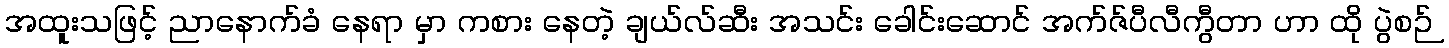
အထူးသဖြင့် ညာနောက်ခံ နေရာ မှာ ကစား နေတဲ့ ချယ်လ်ဆီး အသင်း ခေါင်းဆောင် အက်ဇ်ပီလီကွီတာ ဟာ ထို ပွဲစဉ်